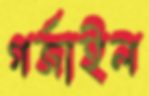
গর্জাইল